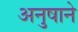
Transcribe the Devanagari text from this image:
अनुषाने